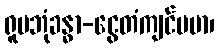
ရူပဘုံခန္ဓာ-ငွေတံကျင်ပမာ၊